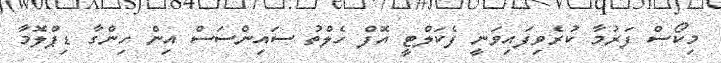
މިކޯސް ފަރުމާ ކުރެވިފައިވަނީ ފެކަލްޓީ އޮފް ހެލްތު ސައިންސަސް އިން ހިންގާ ޑިޕްލޮމާ